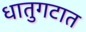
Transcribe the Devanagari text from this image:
धातुगटात